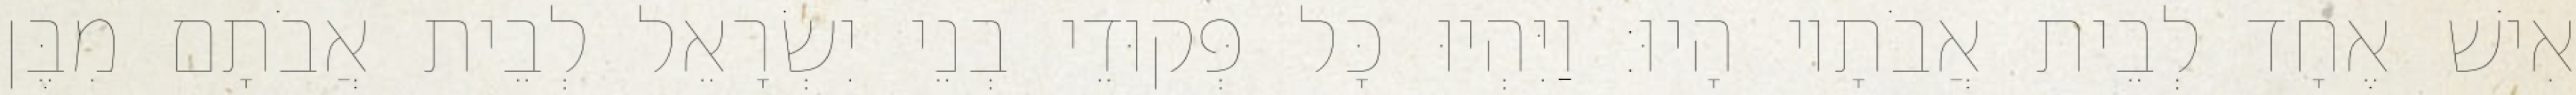
אִישׁ אֶחָד לְבֵית אֲבֹתָיו הָיוּ׃ וַיִּהְיוּ כָּל פְּקוּדֵי בְנֵי יִשְׂרָאֵל לְבֵית אֲבֹתָם מִבֶּן